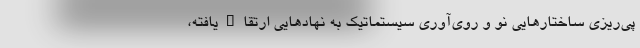
پی‌ریزی ساختارهایی نو و روی‌آوری سیستماتیک به نهادهایی ارتقاءیافته،